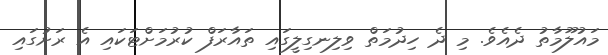
މައުލޫމާތު ދެއެވެ. މި ދެ ހިދުމަތް ވިލިނގިލީގައި ތައާރަފް ކުރުމަށްޓަކައި އެ ރަށުގައި